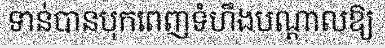
ទាន់បានបុកពេញទំហឹងបណ្តាលឱ្យ